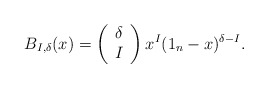
\begin{align*} B_{I,\delta}(x) =\left(\begin{array}{c} \delta \\ I\end{array}\right) x^{I} (1_n-x)^{\delta-I}.\end{align*}